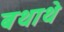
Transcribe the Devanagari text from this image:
बथाथे